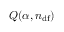
Q ( \alpha , n _ { \mathrm { d f } } )